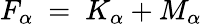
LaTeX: F_{\alpha}~=~K_{\alpha}+M_{\alpha}